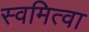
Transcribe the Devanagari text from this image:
स्वमित्वा